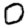
Digit: 0